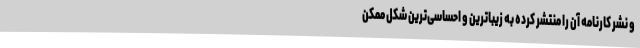
و نشر کارنامه آن را منتشر کرده به زیباترین و احساسی‌ترین شکل ممکن